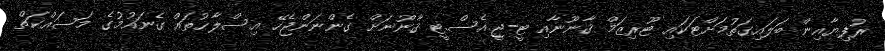
ރުފިޔާއިން ބަލައިގަތުމަށްޓަކައި ޓޫރިޒަމް ޤާނޫނާއި ޓީ-ޖީ.އެސް.ޓީ ޤާނޫނަށް ގެންނަންޖެހޭ އިސްލާޙުތައް ގެނައުމުގެ މަސައްކަތް